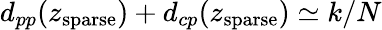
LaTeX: d_{pp}(z_{\mathrm{sparse}})+d_{cp}(z_{\mathrm{sparse}})\simeq k/N